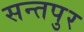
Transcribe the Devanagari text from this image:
सन्तपुर